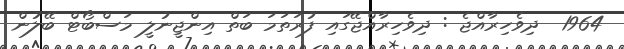
1964  ދިވެހިރާއްޖެ : ދިވެހިރާއްޖޭގައި ފުރަތަމަ ބަތް އިންޖީނުލީ މަސްބޯޓް ބޭލުން